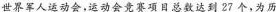
世界军人运动会，运动会竞赛项目总数达到27个，为历